Account of plague administration in the Bombay Presidency from September 1896 till May 1897
Year: 1896
Disease focus: Plague
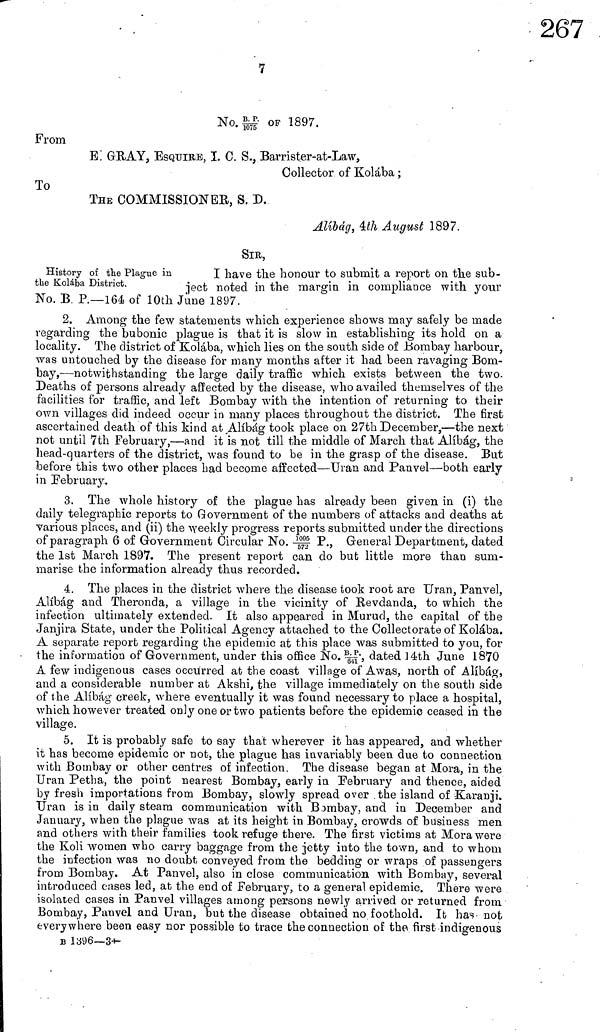
7
No. B.P. OF 1897.
From
E: GRAY, ESQUIRE, I. C. S., Barrister-at-Law,
Collector of Kolába ;
To
THE COMMISSIONER, S. D.
Alibág, 4th August 1897.
SIR,
History of the Plague in
I have the honour to submit a report on the sub-
the Kolába District.
ject
noted in the margin in compliance with your
No. B. P.—164 of 10th June 1897.
2. Among the few statements which experience shows may safely be made
regarding the bubonic plague is that it is slow in establishing its hold on a
locality. The district of Kolába, which lies on the south side of Bombay harbour,
was untouched by the disease for many months after it had been ravaging Bom-
bay,—notwithstanding the large daily traffic which exists between the two.
Deaths of persons already affected by the disease, who availed themselves of the
facilities for traffic, and left Bombay with the intention of returning to their
own villages did indeed occur in many places throughout the district. The first
ascertained death of this kind at Alíbág took place on 27th December,—the next
not until 7th February,—and it is not till the middle of March that Alíbág, the
head-quarters of the district, was found to be in the grasp of the disease. But
before this two other places had become affected—Uran and Panvel—both early
in February.
3. The whole history of the plague has already been given in (i) the
daily telegraphic reports to Government of the numbers of attacks and deaths at
various places, and (ii) the weekly progress reports submitted under the directions
of paragraph 6 of Government Circular No. 1095 P., General Department, dated
the 1st March 1897. The present report can do but little more than sum-
marise the information already thus recorded.
4. The places in the district where the disease took root are Uran, Panvel,
Alíbág and Theronda, a village in the vicinity of Revdanda, to which the
infection ultimately extended. It also appeared in Murud, the capital of the
Janjira State, under the Political Agency attached to the Collectorate of Kolába.
A separate report regarding the epidemic at this place was submitted to you, for
the information of Government, under this office No. B.P, dated 14th June 1870
A few indigenous cases occurred at the coast village of Awas, north of Alíbág,
and a considerable number at Akshi, the village immediately on the south side
of the Alíbág creek, where eventually it was found necessary to place a hospital,
which however treated only one or two patients before the epidemic ceased in the
village.
5. It is probably safe to say that wherever it has appeared, and whether
it has become epidemic or not, the plague has invariably been due to connection
with Bombay or other centres of infection. The disease began at Mora, in the
Uran Petha, the point nearest Bombay, early in February and thence, aided
by fresh importations from Bombay, slowly spread over the island of Karanji.
Uran is in daily steam communication with Bombay, and in December and
January, when the plague was at its height in Bombay, crowds of business men
and others with their families took refuge there. The first victims at Mora were
the Koli women who carry baggage from the jetty into the town, and to whom
the infection was no doubt conveyed from the bedding or wraps of passengers
from Bombay. At Panvel, also in close communication with Bombay, several
introduced cases led, at the end of February, to a general epidemic. There were
isolated cases in Panvel villages among persons newly arrived or returned from
Bombay, Panvel and Uran, but the disease obtained no foothold. It has not
everywhere been easy nor possible to trace the connection of the first indigenous
B 1396—3—